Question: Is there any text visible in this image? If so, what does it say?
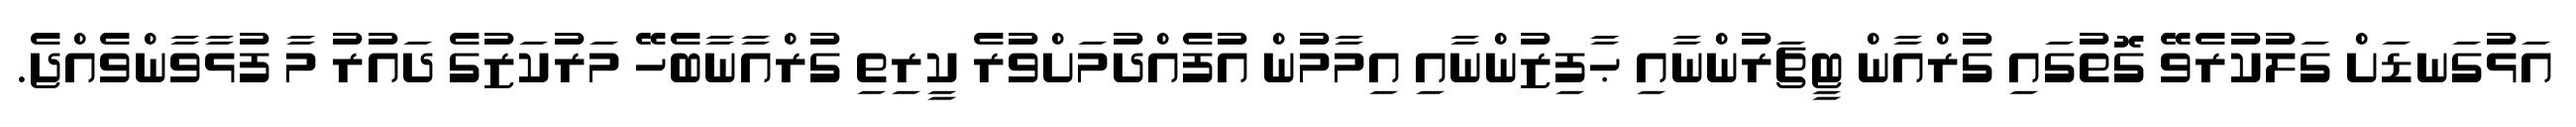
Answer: އަޅުގަނޑަށް ގަލުކުރެވޭ ގޮތުގައި ގުރްއާން ޓީޗަރުންނާއި ޙާފިޒުންނާއި އިމާމުން އުފެއްދުމަށްވުރެ ކީރިތި ގުރްއާނާބެހޭ މަރުކަޒުގެ ދައުރު މާ ފުޅާވާންވެއްޖެ.